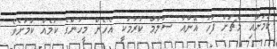
ކަމަށާއި މެޗަށް ފަހު އޭނާއާ ސަލާމް ކުރުމަކީ އެހެން މީހުންގެ ކަމެއް ކަމަށެވެ.